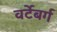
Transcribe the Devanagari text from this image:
वर्टेबर्ग